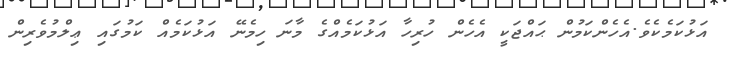
އަޅުކަމެކެވެ.އެހެންކަމުން ޙައްޖަކީ އެހެން ހުރިހާ އަޅުކަމެއްގެ މާނަ ހިމެނޭ އަޅުކަމެއް ކަމުގައި ޢިލްމުވެރިން